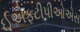
ઈએફટીપીઓએસ